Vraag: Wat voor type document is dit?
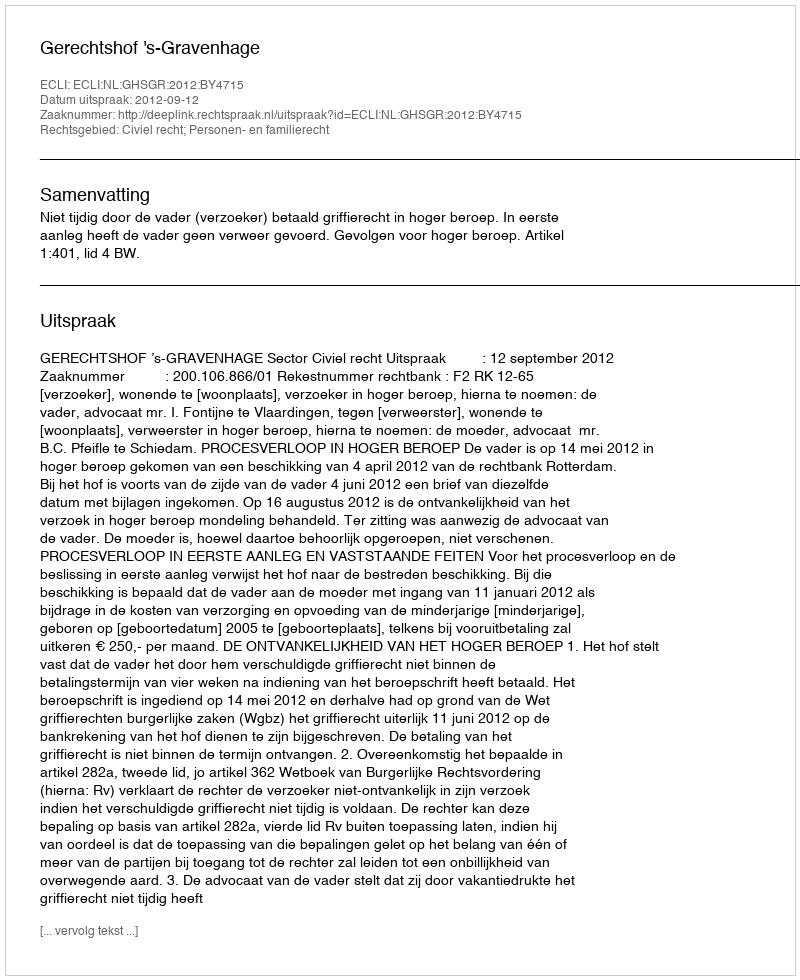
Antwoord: Uitspraak